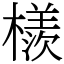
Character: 檨